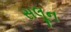
સલૂન